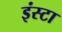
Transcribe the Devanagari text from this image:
इंस्टा